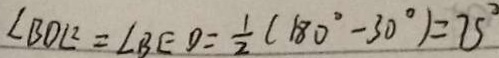
\angle B D C ^ { \circ } = \angle B E D = \frac { 1 } { 2 } ( 1 8 0 ^ { \circ } - 3 0 ^ { \circ } ) = 7 5 ^ { \circ }